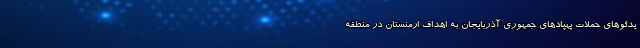
یدئوهای حملات پهپادهای جمهوری آذربایجان به اهداف ارمنستان در منطقه